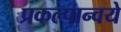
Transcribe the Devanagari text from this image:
प्रकल्पान्वये